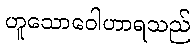
ဟူသောဝေါဟာရသည်